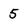
Character: 5